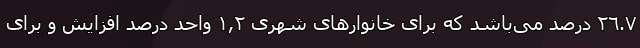
٢٦.٧ درصد می‌باشد که برای خانوارهای شهری ١,٢ واحد درصد افزایش و برای